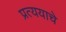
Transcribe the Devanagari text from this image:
प्रत्ययाचे